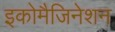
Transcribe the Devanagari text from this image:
इकोमैजिनेशन